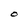
Character: O